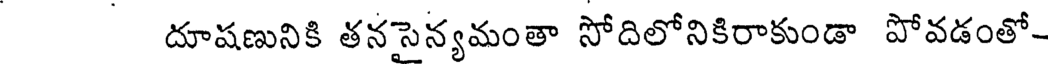
దూషణునికి తనసైన్యమంతా సోదిలోనికిరాకుండా పోవడంతో-